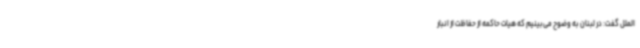
الملل گفت: در لبنان به وضوح می‌بینیم که هیات حاکمه از حفاظت از انبار